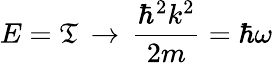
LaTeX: E=\mathfrak{T}\, \rightarrow\, {\frac{{\hbar^{2}k^{2}}}{{2m}}}=\hbar\omega